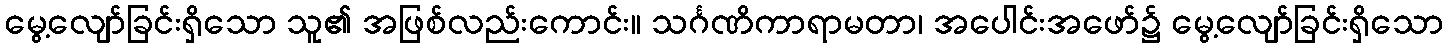
မွေ့လျော်ခြင်းရှိသော သူ၏ အဖြစ်လည်းကောင်း။ သင်္ဂဏိကာရာမတာ၊ အပေါင်းအဖော်၌ မွေ့လျော်ခြင်းရှိသော